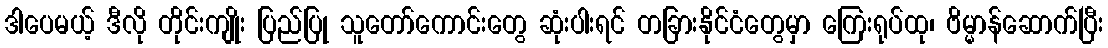
ဒါပေမယ့် ဒီလို တိုင်းကျိုး ပြည်ပြု သူတော်ကောင်းတွေ ဆုံးပါးရင် တခြားနိုင်ငံတွေမှာ ကြေးရုပ်ထု၊ ဗိမ္မာန်ဆောက်ပြီး